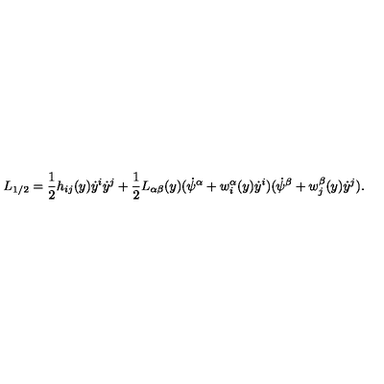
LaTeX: L _ { 1 / 2 } = \frac { 1 } { 2 } h _ { i j } ( y ) \dot { y } ^ { i } \dot { y } ^ { j } + \frac { 1 } { 2 } L _ { \alpha \beta } ( y ) ( \dot { \psi } ^ { \alpha } + w _ { i } ^ { \alpha } ( y ) \dot { y } ^ { i } ) ( \dot { \psi } ^ { \beta } + w _ { j } ^ { \beta } ( y ) \dot { y } ^ { j } ) .